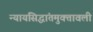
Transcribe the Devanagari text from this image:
न्यायसिद्धांतमुक्तावली